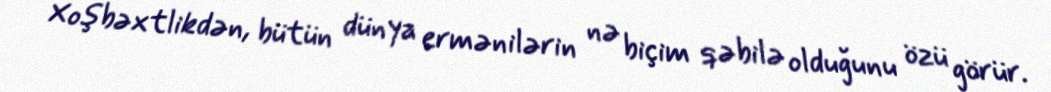
Xoşbəxtlikdən, bütün dünya ermənilərin nə biçim qəbilə olduğunu özü görür.